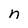
Character: n